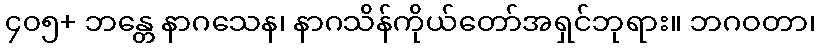
၄၀၅+ ဘန္တေ နာဂသေန၊ နာဂသိန်ကိုယ်တော်အရှင်ဘုရား။ ဘဂဝတာ၊